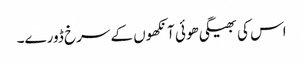
اس کی بھیگی ھوئی آنکھوں کے سرخ ڈورے۔